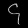
Digit: ၄